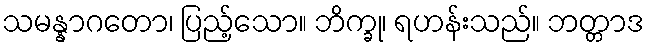
သမန္နာဂတော၊ ပြည့်သော။ ဘိက္ခု၊ ရဟန်းသည်။ ဘတ္တာဒ